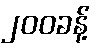
၂၀၀ခန့်